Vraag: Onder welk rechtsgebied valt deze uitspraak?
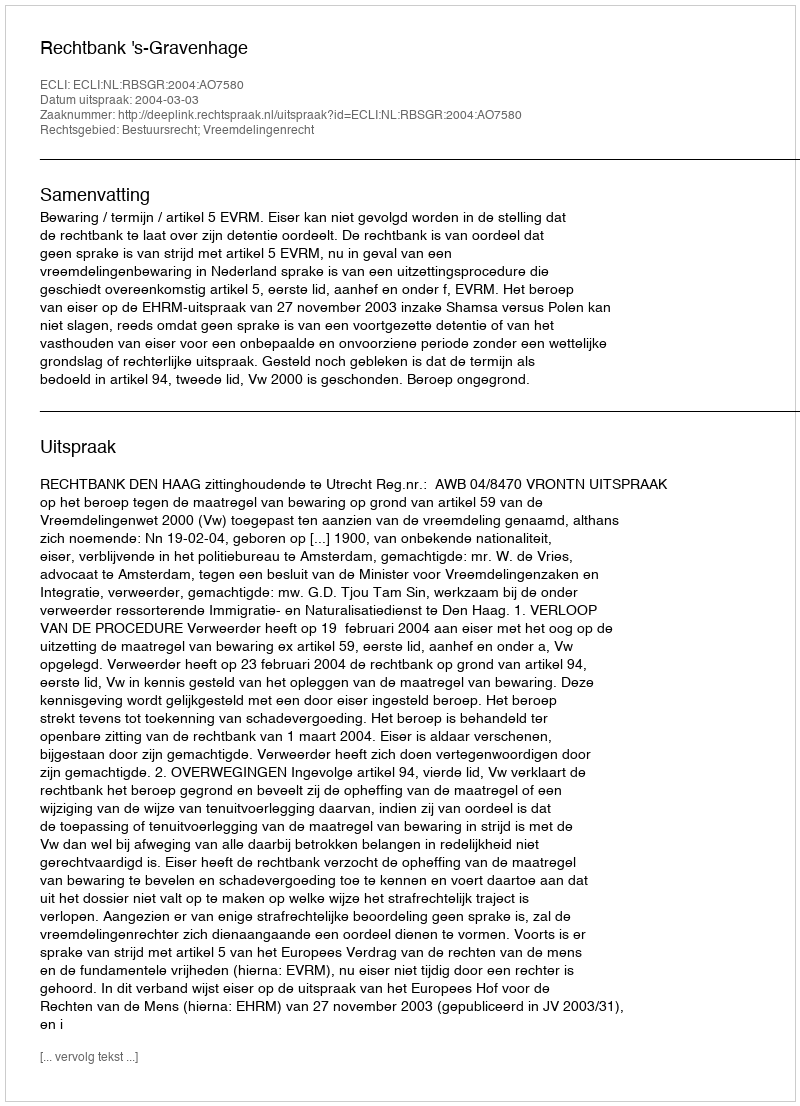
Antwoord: Bestuursrecht; Vreemdelingenrecht